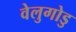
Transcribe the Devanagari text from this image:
वेलुगोडु